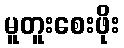
မူတူးစေးဖိုး